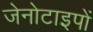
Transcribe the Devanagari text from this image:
जेनोटाइपों